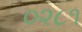
૦૨૮૧